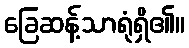
ခြေဆန့်သာရုံရှိ၏။